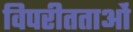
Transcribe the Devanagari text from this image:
विपरीतताओं